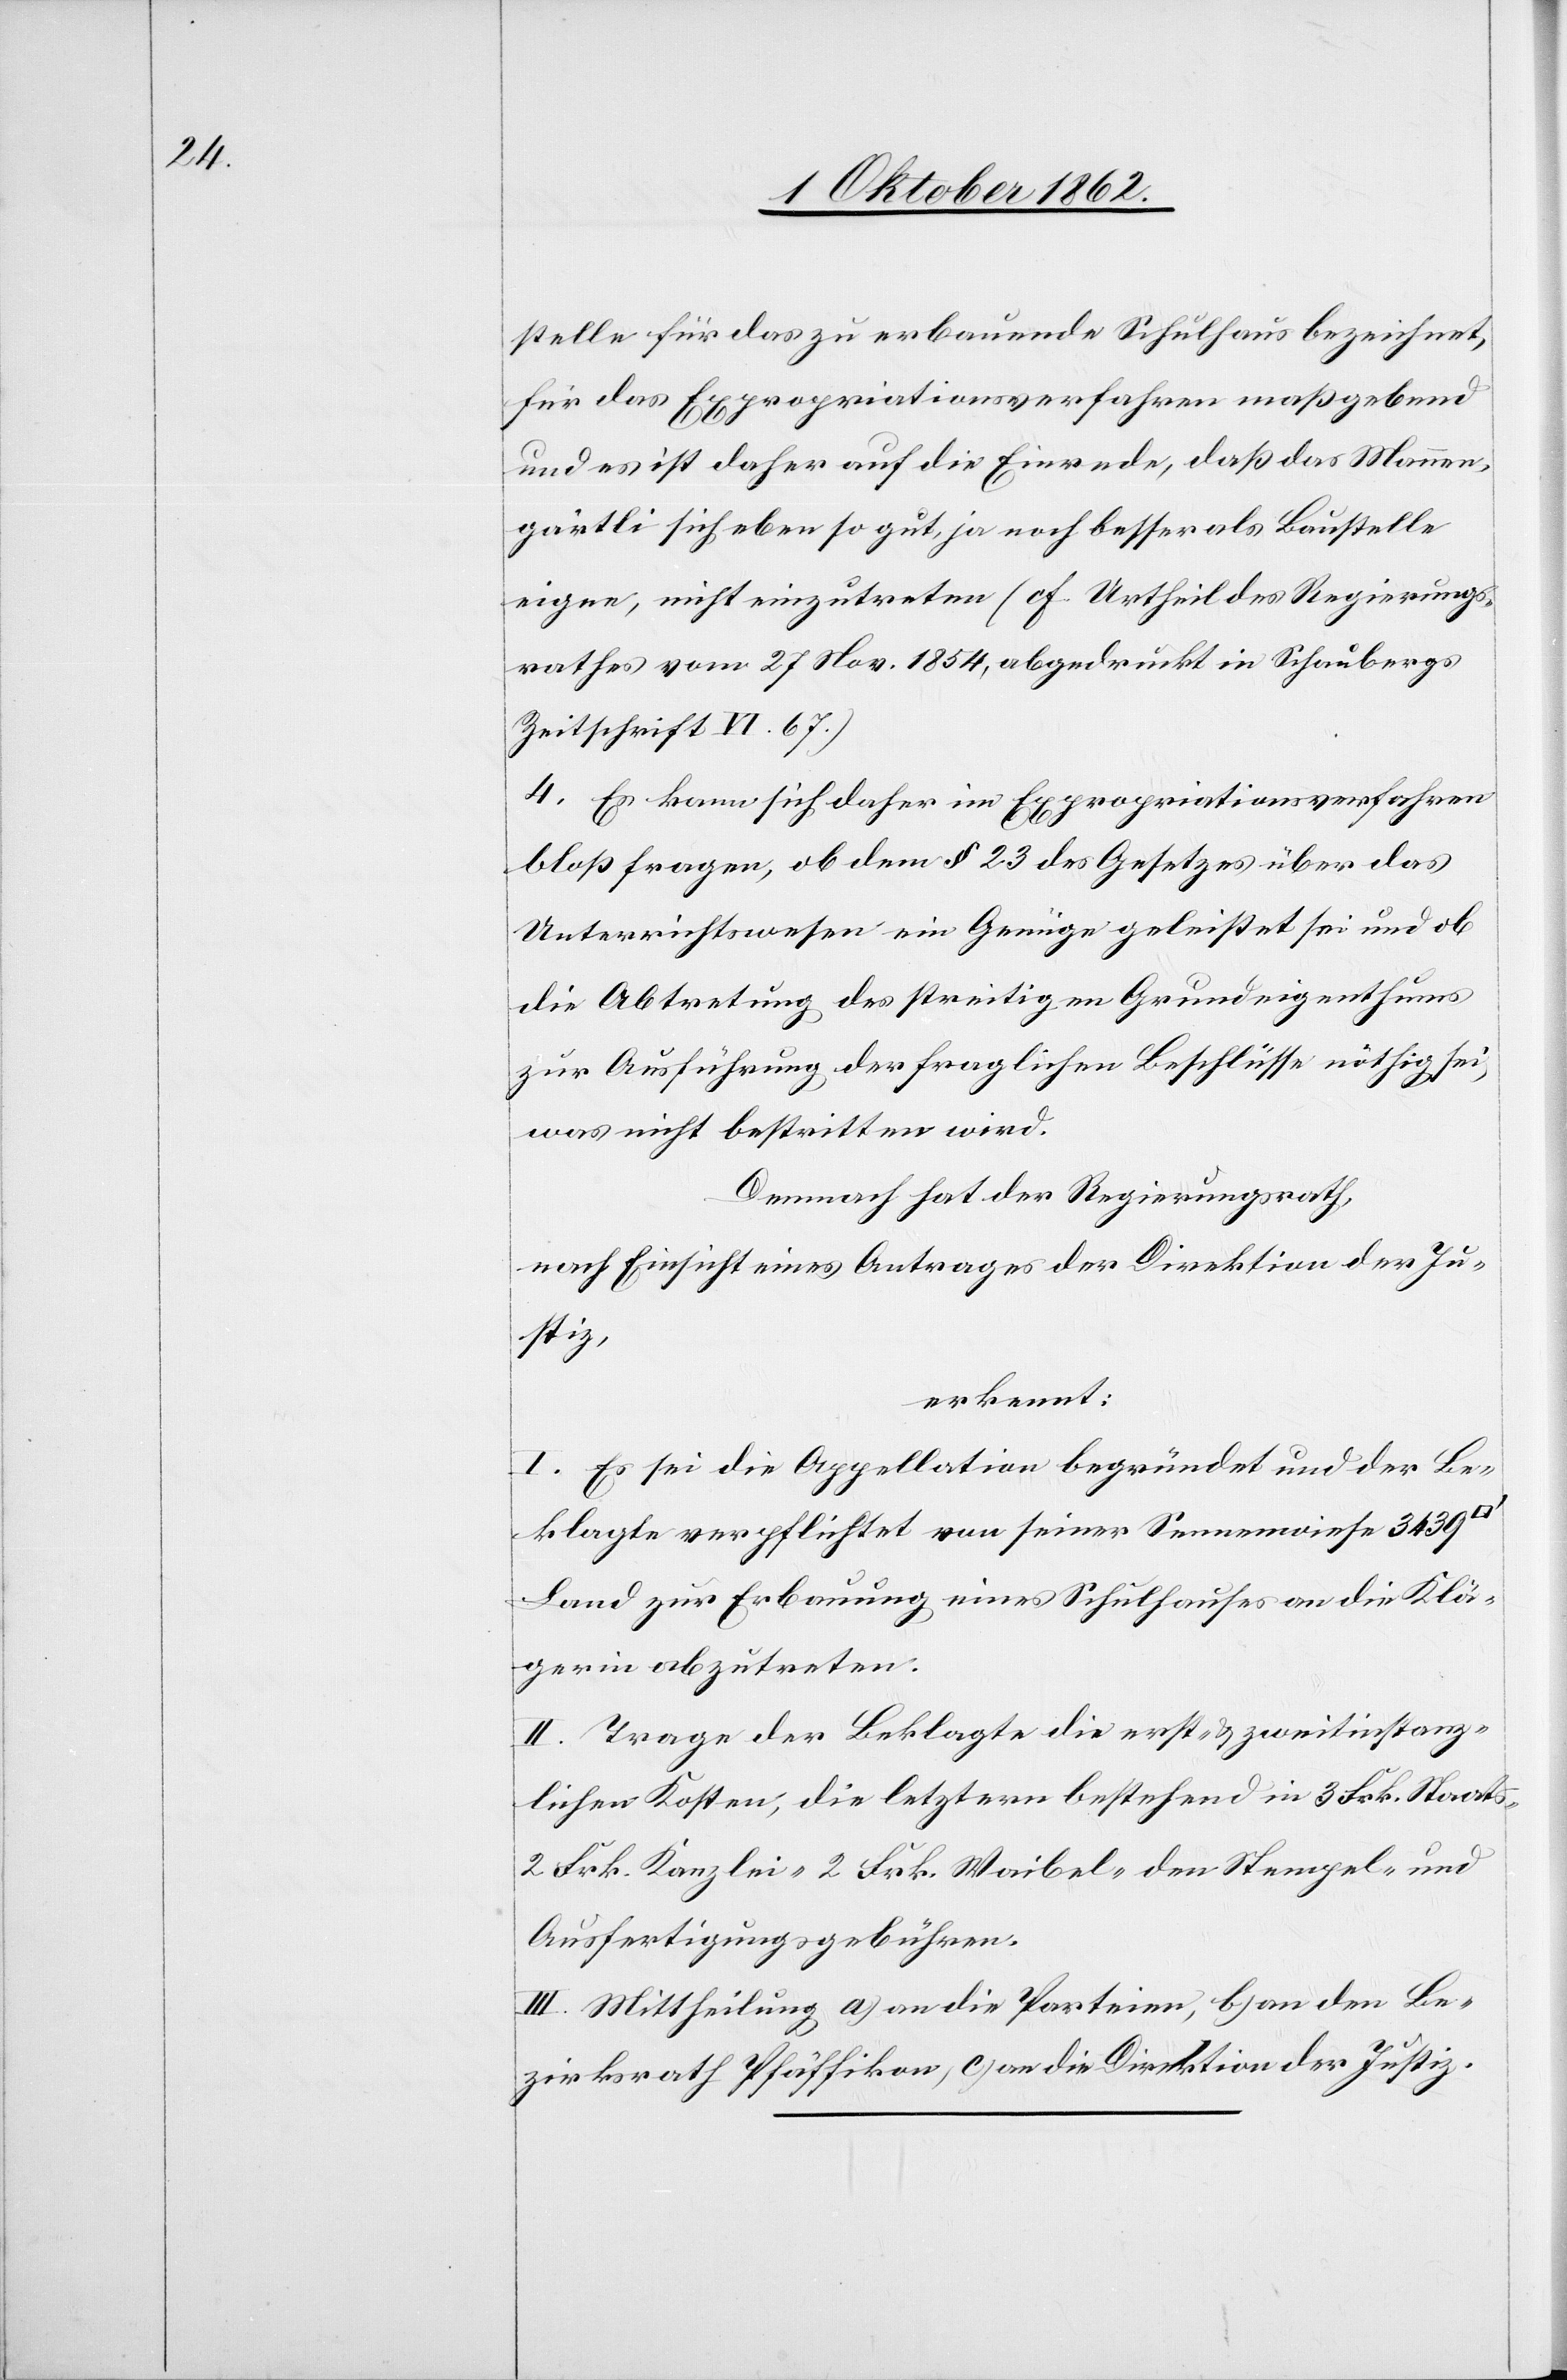
stelle für das zu erbauende Schulhaus bezeichnet,
für das Expropriationsverfahren maßgebend
und es ist daher auch die Einrede, daß das Mannen¬
gärtli sich eben so gut, ja noch besser als Baustelle
eigne, nicht einzutreten (cf. Urtheil des Regierungs¬
rathes vom 27. Nov. 1854, abgedruckt in Schaubergs
Zeitschrift VI. 67)
4. Es kann sich daher im Expropriationsverfahren
bloß fragen, ob dem §. 23 des Gesetzes über das
Unterrichtswesen ein Genüge geleistet sei und ob
die Abtretung des streitigen Grundeigenthums
zur Ausführung der fraglichen Beschlüsse nöthig sei,
was nicht bestritten wird.
Demnach hat der Regierungsrath,
nach Einsicht eines Antrages der Direktion der Ju¬
stiz,
erkennt:
I. Es sei die Appellation begründet und der Be¬
klagte verpflichtet von seiner Sennenwiese 3439
Land zur Erbauung eines Schulhauses an die Klä¬
gerin abzutreten.
II. Trage der Beklagte die erst- u. zweitinstanz¬
lichen Kosten, die letztern bestehend in 3 Frk. Staats-[,]
2 Frk. Kanzlei-[,] 2 Frk. Waibel-[,] den Stempel- und
Ausfertigungsgebühren.
III. Mittheilung a) an die Parteien, b) an den Be¬
zirksrath Pfäffikon, c) an die Direktion der Justiz.